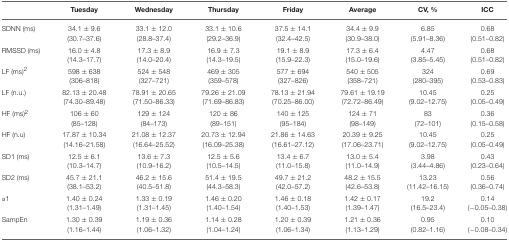
<table><thead><tr><td>[EMPTY_CELL]</td><td><b>Tuesday</b></td><td><b>Wednesday</b></td><td><b>Thursday</b></td><td><b>Friday</b></td><td><b>Average</b></td><td><b>CV, %</b></td><td><b>ICC</b></td></tr></thead><tbody><tr><td>SDNN (ms)</td><td>34.1 ± 9.6(30.7–37.6)</td><td>33.1 ± 12.0(28.8–37.4)</td><td>33.1 ± 10.6(29.2–36.9)</td><td>37.5 ± 14.1(32.4–42.5)</td><td>34.4 ± 9.9(30.9–38.0)</td><td>6.85(5.91–8.36)</td><td>0.68(0.51–0.82)</td></tr><tr><td>RMSSD (ms)</td><td>16.0 ± 4.8(14.3–17.7)</td><td>17.3 ± 8.9(14.0–20.4)</td><td>16.9 ± 7.3(14.3–19.5)</td><td>19.1 ± 8.9(15.9–22.3)</td><td>17.3 ± 6.4(15.0–19.6)</td><td>4.47(3.85–5.45)</td><td>0.68(0.51–0.82)</td></tr><tr><td>LF (ms)<sup>2</sup></td><td>598 ± 638(306–818)</td><td>524 ± 548(327–721)</td><td>469 ± 305(359–578)</td><td>577 ± 694(327–826)</td><td>540 ± 505(358–721)</td><td>324(280–395)</td><td>0.69(0.53–0.83)</td></tr><tr><td>LF (n.u.)</td><td>82.13 ± 20.48(74.30–89.48)</td><td>78.91 ± 20.65(71.50–86.33)</td><td>79.26 ± 21.09(71.69–86.83)</td><td>78.13 ± 21.94(70.25–86.00)</td><td>79.61 ± 19.19(72.72–86.49)</td><td>10.45(9.02–12.75)</td><td>0.25(0.05–0.49)</td></tr><tr><td>HF (ms)<sup>2</sup></td><td>106 ± 60(85–128)</td><td>129 ± 124(84–173)</td><td>120 ± 86(89–151)</td><td>140 ± 125(95–184)</td><td>124 ± 71(98–149)</td><td>83(72–101)</td><td>0.36(0.15–0.58)</td></tr><tr><td>HF (n.u)</td><td>17.87 ± 10.34(14.16–21.58)</td><td>21.08 ± 12.37(16.64–25.52)</td><td>20.73 ± 12.94(16.09–25.38)</td><td>21.86 ± 14.63(16.61–27.12)</td><td>20.39 ± 9.25(17.06–23.71)</td><td>10.45(9.02–12.75)</td><td>0.25(0.05–0.49)</td></tr><tr><td>SD1 (ms)</td><td>12.5 ± 6.1(10.3–14.7)</td><td>13.6 ± 7.3(10.9–16.2)</td><td>12.5 ± 5.6(10.5–14.5)</td><td>13.4 ± 6.7(11.0–15.8)</td><td>13.0 ± 5.4(11.0–14.9)</td><td>3.98(3.44–4.86)</td><td>0.43(0.23–0.64)</td></tr><tr><td>SD2 (ms)</td><td>45.7 ± 21.1(38.1–53.2)</td><td>46.2 ± 15.6(40.5–51.8)</td><td>51.4 ± 19.5(44.3–58.3)</td><td>49.7 ± 21.2(42.0–57.2)</td><td>48.2 ± 15.5(42.6–53.8)</td><td>13.23(11.42–16.15)</td><td>0.56(0.36–0.74)</td></tr><tr><td>α1</td><td>1.40 ± 0.24(1.31–1.49)</td><td>1.33 ± 0.19(1.31–1.45)</td><td>1.46 ± 0.20(1.40–1.54)</td><td>1.46 ± 0.18(1.40–1.53)</td><td>1.42 ± 0.17(1.39–1.47)</td><td>19.2(16.5–23.4)</td><td>0.14(−0.05–0.38)</td></tr><tr><td>SampEn</td><td>1.30 ± 0.39(1.16–1.44)</td><td>1.19 ± 0.36(1.06–1.32)</td><td>1.14 ± 0.28(1.04–1.24)</td><td>1.20 ± 0.39(1.06–1.34)</td><td>1.21 ± 0.36(1.13–1.29)</td><td>0.95(0.82–1.16)</td><td>0.10(−0.08–0.34)</td></tr></tbody></table>